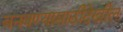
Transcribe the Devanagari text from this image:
बनवण्यासाठीदेखील